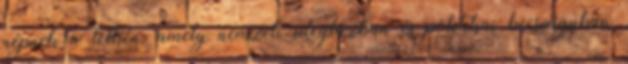
népnek a lelkén, amely nemzeti ideglázban és politikai becsvágyban